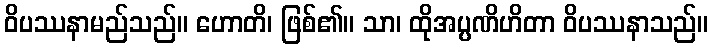
ဝိပဿနာမည်သည်။ ဟောတိ၊ ဖြစ်၏။ သာ၊ ထိုအပ္ပဏိဟိတာ ဝိပဿနာသည်။